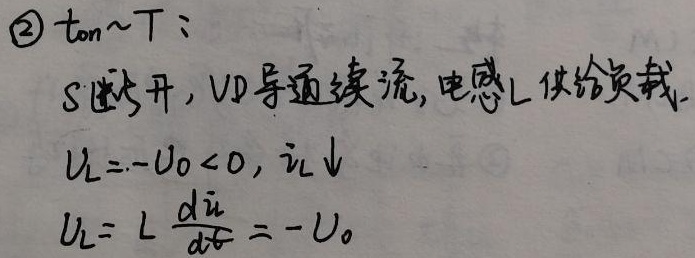
\textcircled{2} \(t_{on}\sim T\)：
S断开，VD导通续流, 电感L供给负载.
\(U_{L}=-U_{0}<0,\  i_{L}\downarrow\)
\(U_{L}= L \frac{di_{L}}{dt} = -U_{0}\)